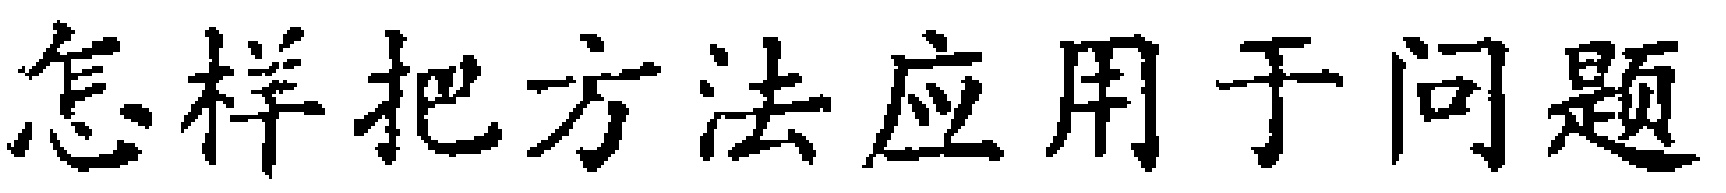
怎样把方法应用于问题